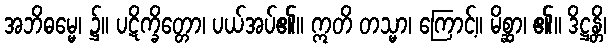
အဘိဓမ္မေ၊ ၌။ ပဋိက္ခိတ္တော၊ ပယ်အပ်၏။ ဣတိ တသ္မာ၊ ကြောင့်။ မိစ္ဆာ၊ ၏။ ဒိဋ္ဌန္တိ၊